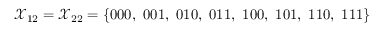
\mathcal { X } _ { 1 2 } = \mathcal { X } _ { 2 2 } = \{ 0 0 0 , ~ 0 0 1 , ~ 0 1 0 , ~ 0 1 1 , ~ 1 0 0 , ~ 1 0 1 , ~ 1 1 0 , ~ 1 1 1 \}